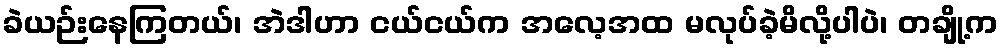
ခဲယဉ်းနေကြတယ်၊ အဲဒါဟာ ငယ်ငယ်က အလေ့အထ မလုပ်ခဲ့မိလို့ပါပဲ၊ တချို့က